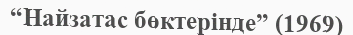
“Найзатас бөктерінде” (1969)